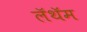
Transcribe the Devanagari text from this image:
लॅथॅम